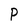
Character: P